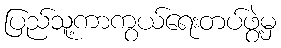
ပြည်သူ့ကာကွယ်ရေးတပ်ဖွဲ့မှ